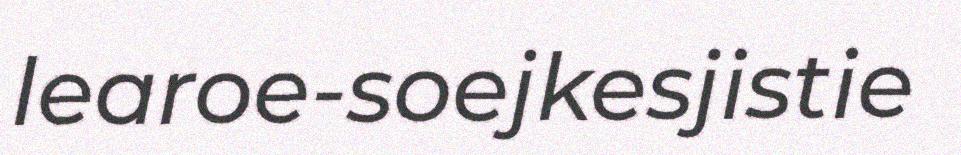
learoe-soejkesjistie